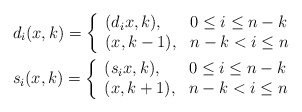
\begin{align*} & d_i(x,k)= \left\{\begin{array}{ll}(d_ix,k), & 0\leq i\leq n-k\\(x,k-1), & n-k<i \leq n\end{array} \right.\\& s_i(x,k)= \left\{\begin{array}{ll}(s_ix,k), & 0\leq i\leq n-k\\(x,k+1), & n-k<i \leq n\end{array} \right.\end{align*}